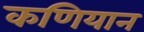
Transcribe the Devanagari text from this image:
कणियान